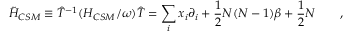
\tilde { H } _ { C S M } \equiv { \hat { T } ^ { - 1 } } ( H _ { C S M } / \omega ) \hat { T } = \sum _ { i } x _ { i } \partial _ { i } + \frac { 1 } { 2 } N ( N - 1 ) \beta + \frac { 1 } { 2 } N \qquad ,